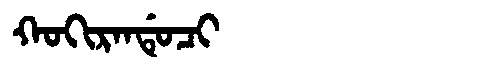
Manchu: ᡴᠣᡴᡳᡵᠠᠨᡩᡠᠴᡳ
Romanization: KOKIRANDUCI